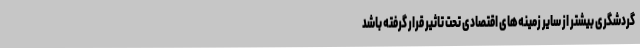
گردشگری بیشتر از سایر زمینه‌های اقتصادی تحت تاثیر قرار گرفته باشد